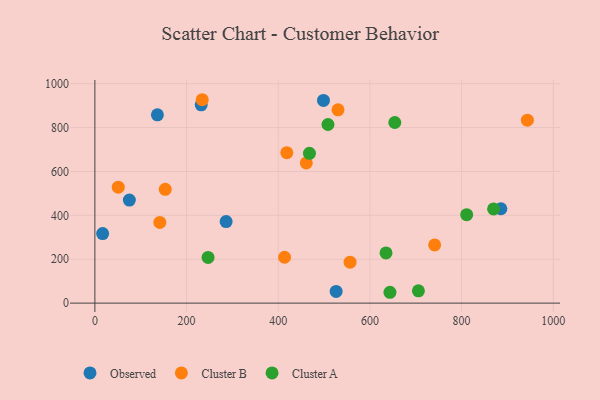
{"axis": {"x": "Ad Spend", "y": "Sales"}, "legend": ["Cluster A", "Cluster B", "Observed"], "data": [{"x": "136.4", "y": 858.2, "type": "Observed"}, {"x": "498.7", "y": 923.8, "type": "Observed"}, {"x": "286.3", "y": 371.4, "type": "Observed"}, {"x": "885.7", "y": 430.1, "type": "Observed"}, {"x": "231.9", "y": 903.6, "type": "Observed"}, {"x": "526.3", "y": 53.4, "type": "Observed"}, {"x": "16.9", "y": 317.0, "type": "Observed"}, {"x": "75.2", "y": 469.7, "type": "Observed"}, {"x": "51.0", "y": 528.4, "type": "Cluster B"}, {"x": "234.2", "y": 926.8, "type": "Cluster B"}, {"x": "556.7", "y": 186.7, "type": "Cluster B"}, {"x": "413.8", "y": 208.9, "type": "Cluster B"}, {"x": "153.5", "y": 518.5, "type": "Cluster B"}, {"x": "461.2", "y": 638.9, "type": "Cluster B"}, {"x": "741.2", "y": 265.2, "type": "Cluster B"}, {"x": "530.4", "y": 880.6, "type": "Cluster B"}, {"x": "418.7", "y": 685.7, "type": "Cluster B"}, {"x": "943.5", "y": 833.8, "type": "Cluster B"}, {"x": "141.7", "y": 367.6, "type": "Cluster B"}, {"x": "869.8", "y": 429.2, "type": "Cluster A"}, {"x": "508.5", "y": 814.0, "type": "Cluster A"}, {"x": "654.3", "y": 823.1, "type": "Cluster A"}, {"x": "468.1", "y": 682.5, "type": "Cluster A"}, {"x": "643.7", "y": 49.4, "type": "Cluster A"}, {"x": "811.1", "y": 402.9, "type": "Cluster A"}, {"x": "246.9", "y": 208.3, "type": "Cluster A"}, {"x": "705.8", "y": 56.1, "type": "Cluster A"}, {"x": "635.1", "y": 228.5, "type": "Cluster A"}]}